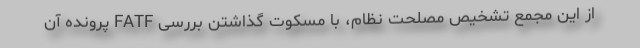
از این مجمع تشخیص مصلحت نظام، با مسکوت گذاشتن بررسی FATF پرونده آن